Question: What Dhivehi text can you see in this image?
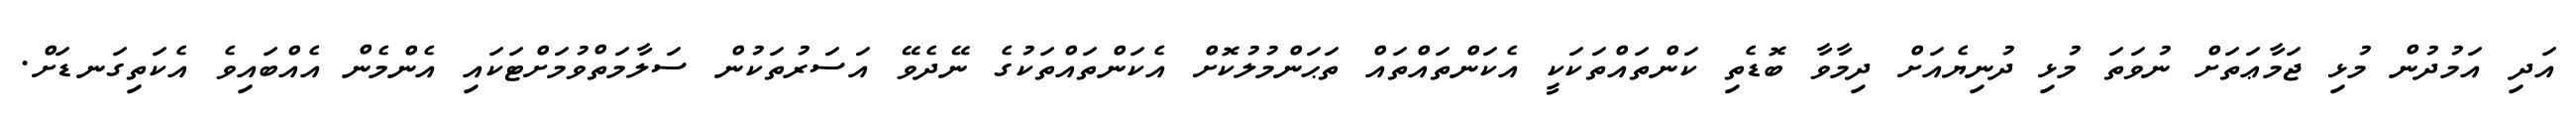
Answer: އަދި އަމުދުން މުޅި ޖަމާޢަތަށް ނުވަތަ މުޅި ދުނިޔެއަށް ދިމާވާ ބޮޑެތި ކަންތައްތަކަކީ އެކަންތައްތައް ތަޙަންމުލުކޮށް އެކަންތައްތަކުގެ ނޭދެވޭ އަސަރުތަކުން ސަލާމަތްވުމަށްޓަކައި އެންމެން އެއްބައިވެ އެކަތިގަނޑަށް.